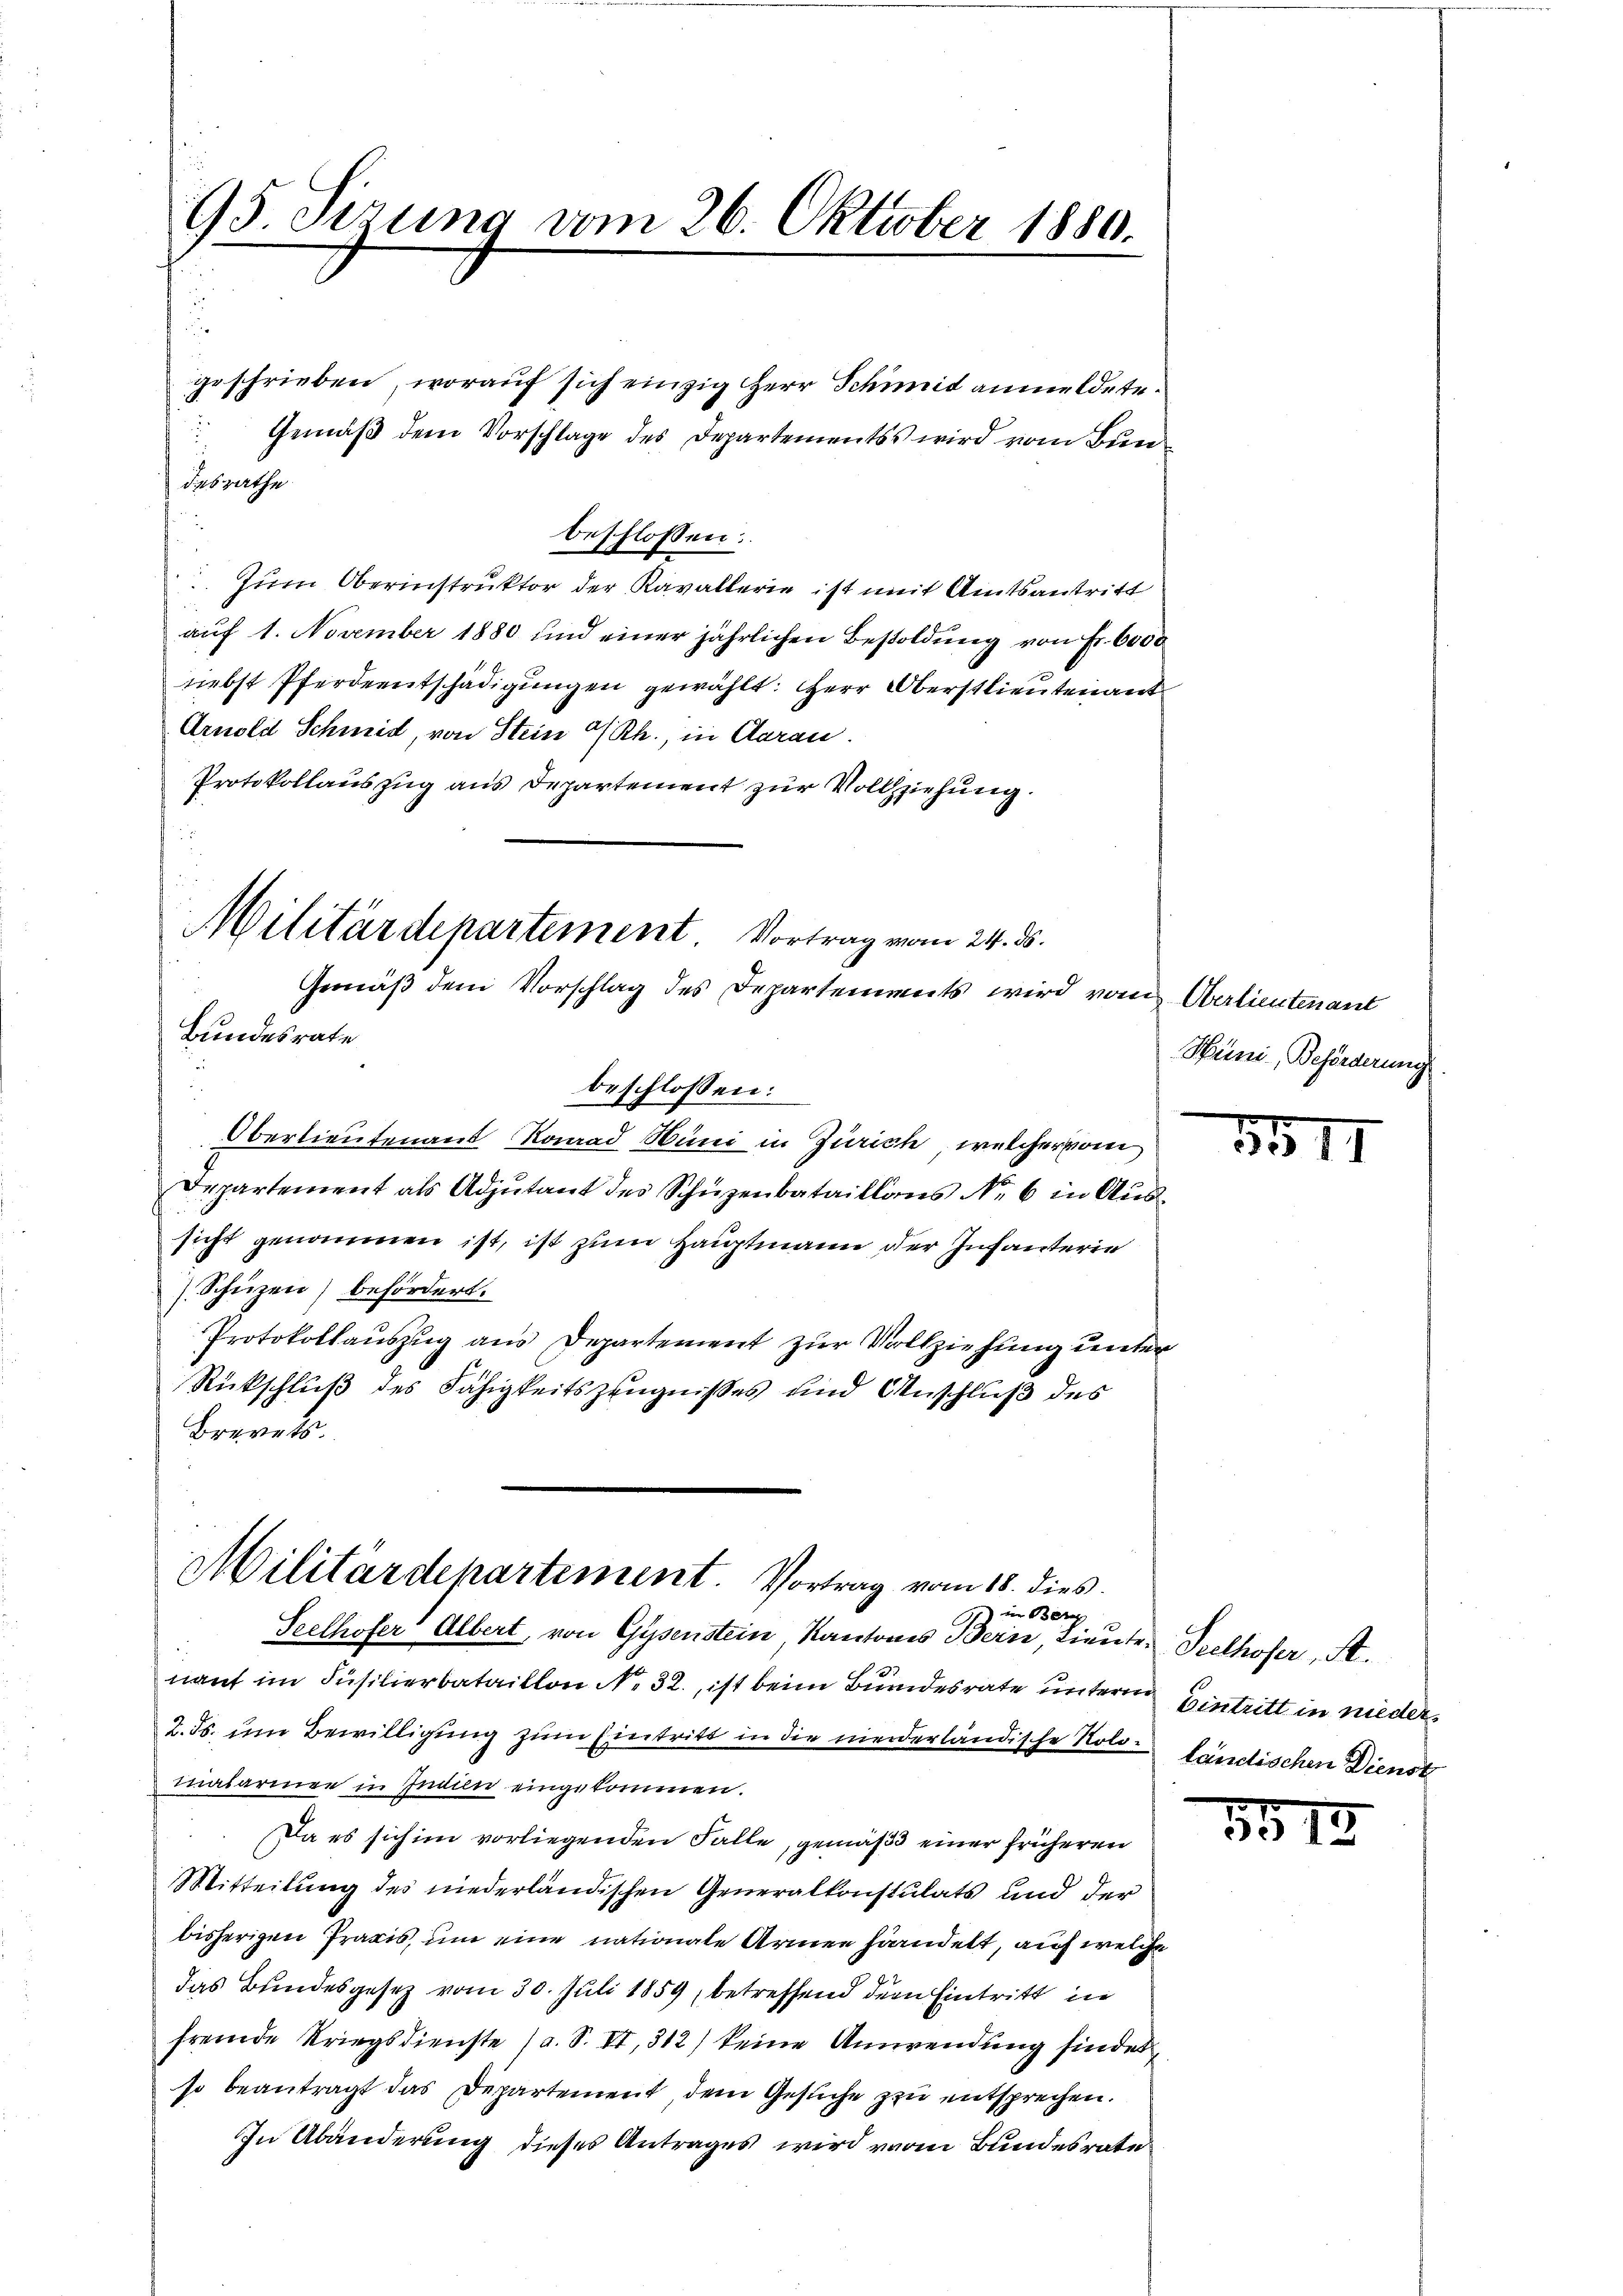
95. Sizung vom 26. Oktober 1880.

desrathe

geschrieben, worauf sich einzig HHerr Schmit anmeldete.
beschlossen:
 Zum Oberinstruktor der Kavallerie ist mit Amtsantritt
auf 1. November 1880 und einer jährlichen Besoldung von Fr. 6000
niebst Pferdentschädigungen gewählt: Herr Oberstlieutenant
Arnold Schmid, von Stein Rh., in Aarau
Protokollauszug aus Departement zur Vollziehung.
Militärdepartement Vortrag vom 24. ds.
Gemäß dem Vorschlag des Departements wird von Oerlieutenant
Bundesrate
beschlossen:
Oberlieutenant Konrad Hüni in Zürich, welcher vom
Departement als Adjutant des Schüzenbataillons No 6 in Aussicht genommen ist, ist zum Hauptmann der Infanterie
(Schüzen) befördert.
Protokollauszug aus Departement zur Vollziehung unter
Rückschluß des Fähigkeitszeugnißes und Anschluß des
Brevets.

Gemäß dem Vorschlage des Departementss wird vom Bun¬

e
nant im Füsilierbataillon No. 32., ist beim Bundesrate untere Eintritt in nieder¬
2. ds. um Bewilligung zum Eintritt in die niederländische Nolo- ländischen Dienst
malarire in Indien eingekommen.
Da es sich im vorliegenden Falle, gemäß einer früheren
Mitteilung des niederländischen Generalkonstulats und der
bisherigen Praxis, um eine nationale Armen handelt, auf welche
das Bundesgesez vom 30. Juli 1859, betreffend dem Eintritt in
fremde Kriegsdienste (a. S. VI, 312) keine Anwendung findet,
so beantragt das Departement, dem Gesuche zu entsprechen.
In Abänderung dieses Antrages wird vom Bundesrate

Militärdepartement. Vortrag vom 18. dies
in Ber
Seelhofer Albert, von Gysenstein, Kantons Bern, Lieute Seelhofer, A.

Hüni, Beförderung

15

5613